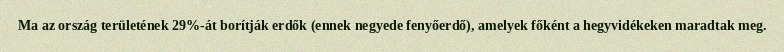
Ma az ország területének 29%-át borítják erdők (ennek negyede fenyőerdő), amelyek főként a hegyvidékeken maradtak meg.